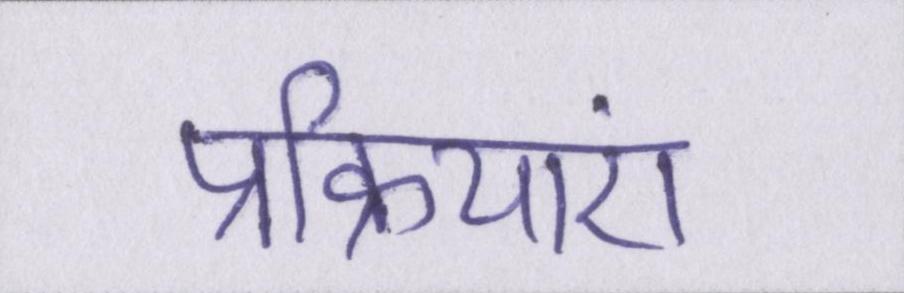
प्रक्रियाएं